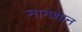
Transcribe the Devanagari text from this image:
नानशान